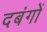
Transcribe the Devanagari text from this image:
दबंगों